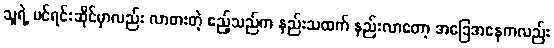
သူရဲ့ ပင်ရင်းဆိုင်မှာလည်း လာစားတဲ့ ဧည့်သည်က နည်းသထက် နည်းလာတော့ အခြေအနေကလည်း